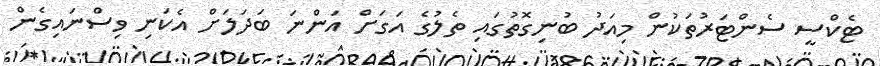
ޓެކްސީ ސެންޓަރުތަކުން މިއަދު ބުނިގޮތުގައި ތެލުގެ އަގަށް އަންނަ ބަދަލަށް އެކަނި ވިސްނައިގެން